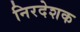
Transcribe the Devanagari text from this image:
निरदेशक